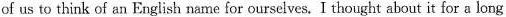
of us to think of an English name for ourselves. I thought about it for a long